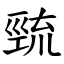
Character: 巰